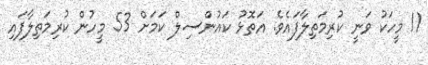
11 މީހަކު ވަނީ ކުރިމަތިލާފައެވެ. އަތޮޅު ކައުންސިލް ކަމަށް 53 މީހުން ކުރިމަތިލާފައި